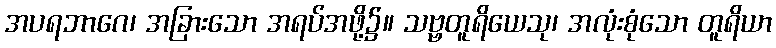
အပရဘာဂေ၊ အခြားသော အရပ်အဖို့၌။ သဗ္ဗတူရိယေသု၊ အလုံးစုံသော တူရိယာ